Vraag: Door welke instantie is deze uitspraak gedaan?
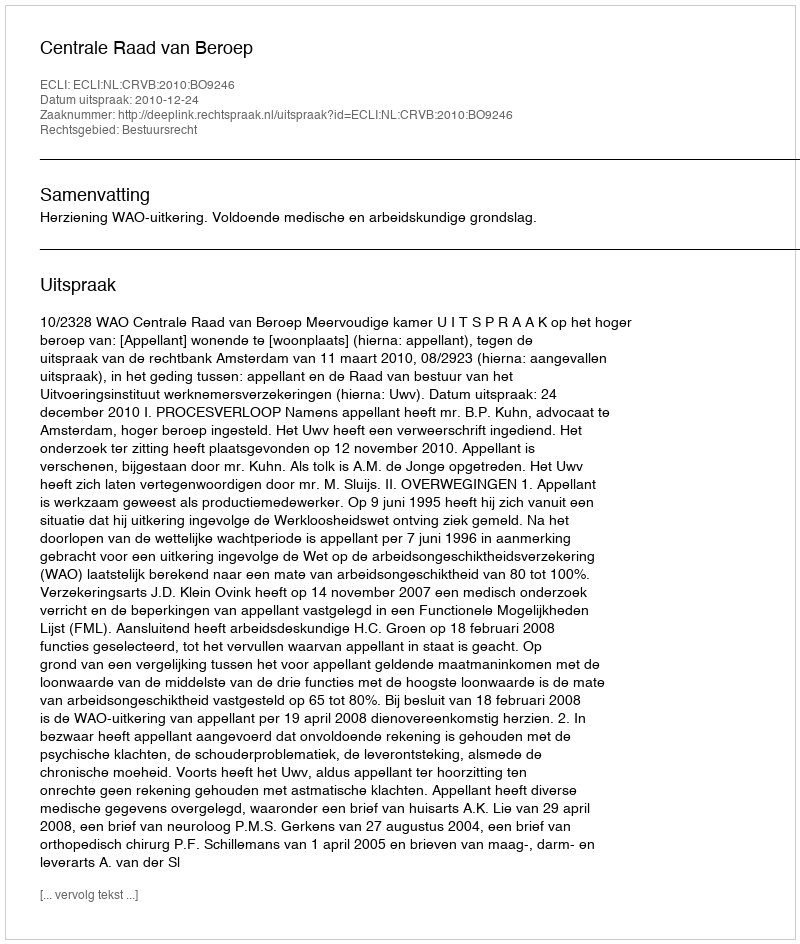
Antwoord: Centrale Raad van Beroep